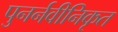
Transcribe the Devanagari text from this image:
पुनर्नवीनिकृत